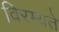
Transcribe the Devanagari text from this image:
विरम्यते